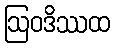
ဩဝဒိဿထ